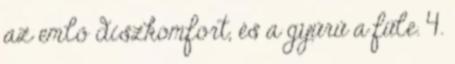
az emlő diszkomfort, és a gyűrű a füle. 4.